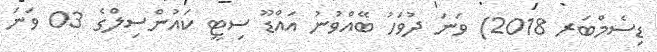
ޑިސެމްބަރ 2018) ވަނަ ދުވަހު ބޭއްވުނު އައްޑޫ ސިޓީ ކައުންސިލްގެ 03 ވަނަ